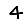
Digit: 4